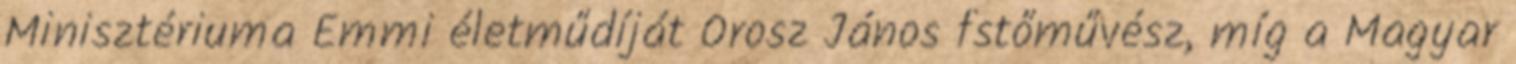
Minisztériuma Emmi életműdíját Orosz János fstőművész, míg a Magyar